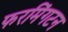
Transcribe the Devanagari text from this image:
फरमिंगटन